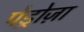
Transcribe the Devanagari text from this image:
पेड्रोज़ा